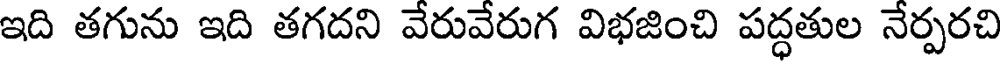
ఇది తగును ఇది తగదని వేరువేరుగ విభజించి పద్ధతుల నేర్పరచి